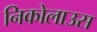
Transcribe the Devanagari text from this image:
निकोलाउस